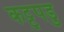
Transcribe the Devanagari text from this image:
कट्टुपडु